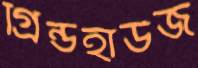
গ্রিন্ডহাউজ